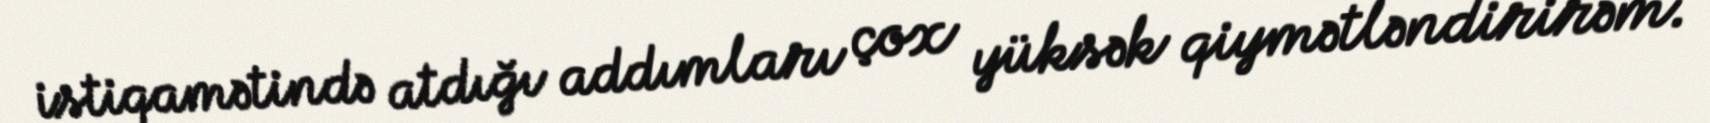
istiqamətində atdığı addımları çox yüksək qiymətləndirirəm.